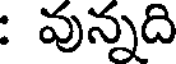
: వున్నది